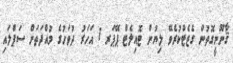
ޤާނޫނީގޮތުން ގެޒެޓްކުރެވޭ ލިޔުން ޓޮއިލެޓް ޕޭޕަރ 1 އަހަރު ދުވަހުގެ މުއްދަތަށް ސަޕްލައި